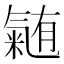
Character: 𭯴